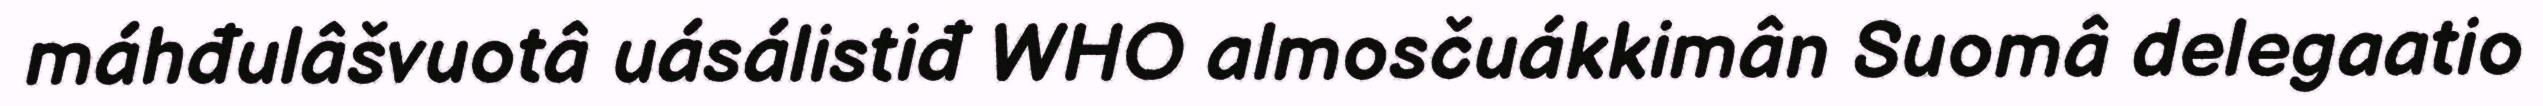
máhđulâšvuotâ uásálistiđ WHO almosčuákkimân Suomâ delegaatio